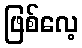
ဖြစ်လေ့